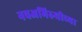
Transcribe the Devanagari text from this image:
नवअभिरुचीच्या